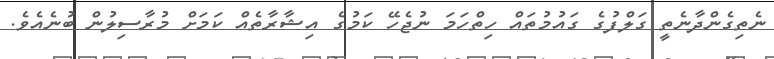
ނެތިގެންދާނެތީ ގަލްފުގެ ގައުމުތައް ހިތްހަމަ ނުޖެހޭ ކަމުގެ އިޝާރާތެއް ކަމަށް މުރާސިލުން ބުނެއެވެ.